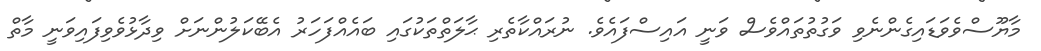
މާޔޫސްވެވަޑައިގެންނެވި ވަގުތުތައްވެސް ވަނީ އައިސްފައެވެ. ނުރައްކާތެރި ޙާލަތްތަކުގައި ބައެއްފަހަރު އެބޭކަލުންނަށް ވިދާޅުވެވިފައިވަނީ މާތް